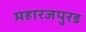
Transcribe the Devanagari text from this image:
महारजपुरड